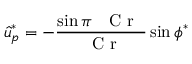
\hat { u } _ { p } ^ { * } = - \frac { \sin \pi \mathrm { ~ \textit ~ { ~ C ~ r ~ } ~ } } { \mathrm { ~ \textit ~ { ~ C ~ r ~ } ~ } } \sin \phi ^ { * }